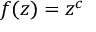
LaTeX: f ( z ) = z ^ { c }